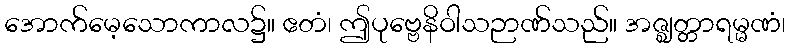
အောက်မေ့သောကာလ၌။ ဧတံ၊ ဤပုဗ္ဗေနိဝါသဉာဏ်သည်။ အဇ္ဈတ္တာရမ္မဏံ၊